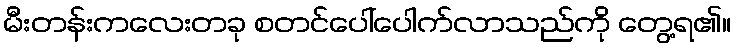
မီးတန်းကလေးတခု စတင်ပေါ်ပေါက်လာသည်ကို တွေ့ရ၏။